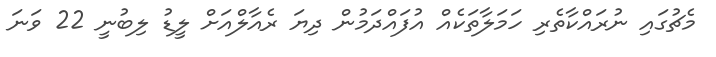
މެޗުގައި ނުރައްކާތެރި ހަމަލާތަކެއް އުފައްދަމުން ދިޔަ ރެއާލްއަށް ލީޑު ލިބުނީ 22 ވަނަ